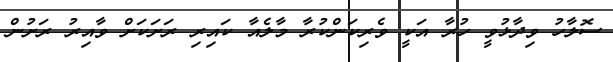
ސޮލާހު ވިދާޅުވީ ހުރާ އަކީ ވެރިކަންކުރާ މާލެއާ ކައިރި ރަށަކަށް ވާއިރު ރަށުން